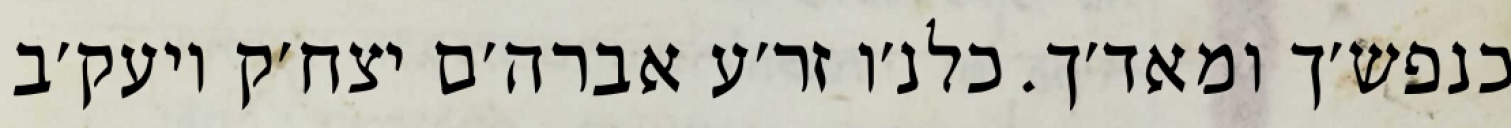
כנפש׳ך ומאד׳ך. כלנ׳ו זר׳ע אברה׳ם יצח׳ק ויעק׳ב